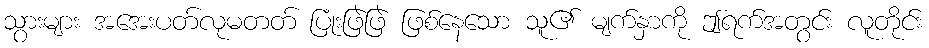
သွားများ အအေးပတ်လုမတတ် ပြုံးဖြဲဖြဲ ဖြစ်နေသော သူ၏ မျက်နှာကို ဤရက်အတွင်း လူတိုင်း